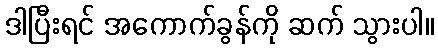
ဒါပြီးရင် အကောက်ခွန်ကို ဆက် သွားပါ။